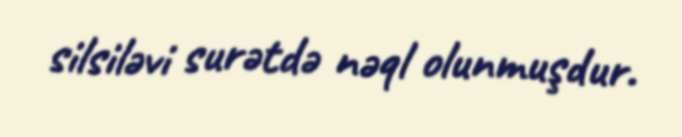
silsiləvi surətdə nəql olunmuşdur.